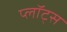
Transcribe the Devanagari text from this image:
प्लॉट्स